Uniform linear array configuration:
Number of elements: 12
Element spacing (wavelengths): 0.5
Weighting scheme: hamming
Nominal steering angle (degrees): -15
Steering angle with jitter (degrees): -14.032
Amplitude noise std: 0.05
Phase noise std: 0.05

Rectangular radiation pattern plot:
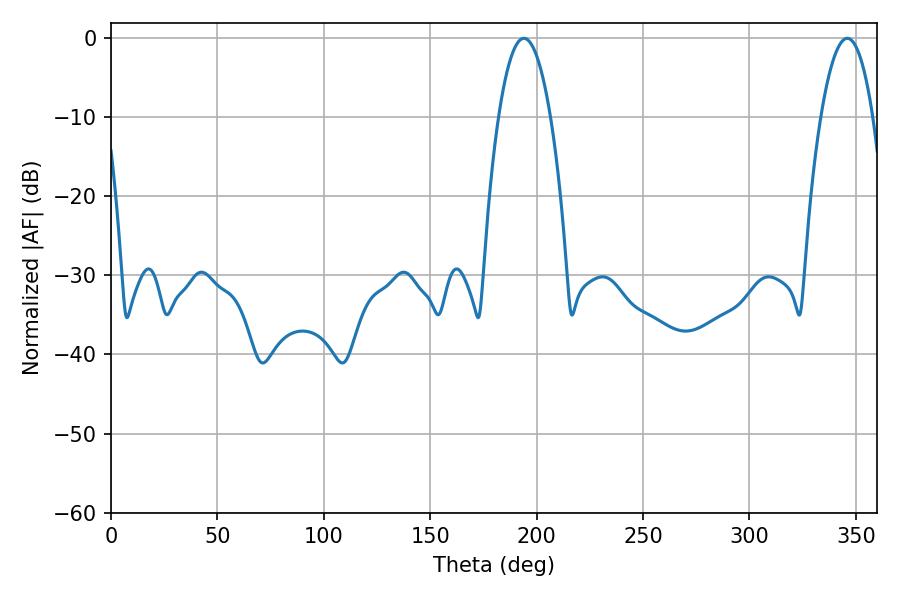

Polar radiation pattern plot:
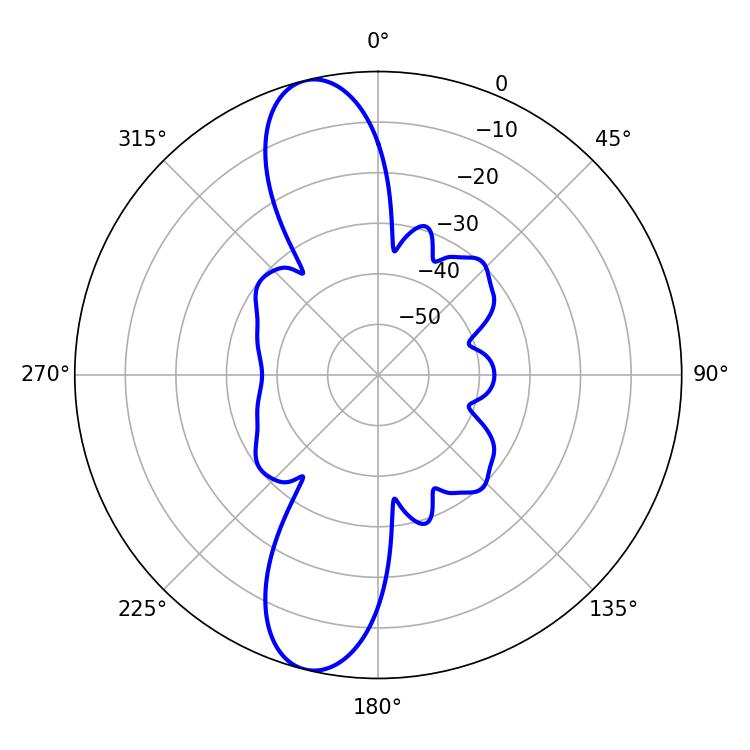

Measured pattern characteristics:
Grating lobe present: FALSE
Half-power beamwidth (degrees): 13.5
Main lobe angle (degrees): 194.04